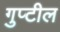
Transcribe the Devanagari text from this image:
गुप्टील